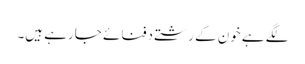
لگے ہے خون کے رشتے دفنائے جا رہے ہیں۔